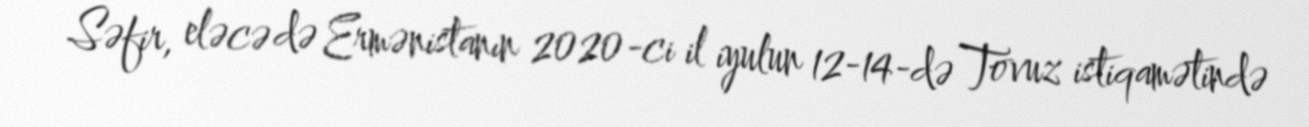
Səfir, eləcə də Ermənistanın 2020-ci il iyulun 12-14-də Tovuz istiqamətində